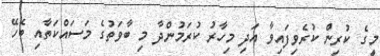
މީގެ ކުރިން ކުރެވިފައިވާ އަދި މިހާރު ކުރަމުންދާ މި ބާވަތުގެ މަސައްކަތާއި ބެހޭ